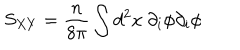
S _ { X Y } = \frac { n } { 8 \pi } \int d ^ { 2 } x ~ \partial _ { i } \phi \partial _ { i } \phi